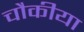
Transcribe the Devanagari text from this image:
चौकीया